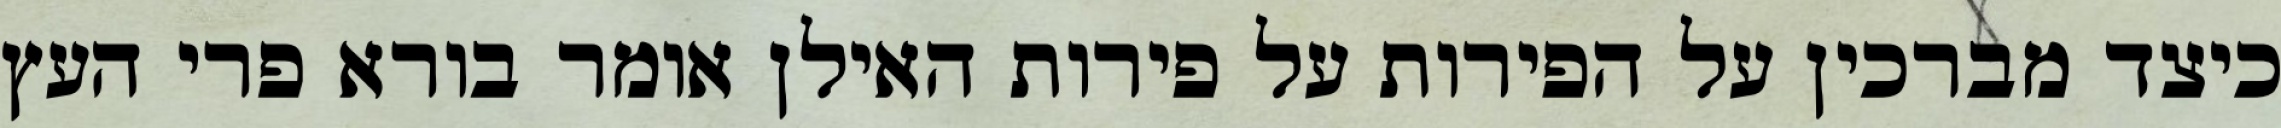
כיצד מברכין על הפירות על פירות האילן אומר בורא פרי העץ